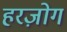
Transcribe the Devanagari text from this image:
हरज़ोग